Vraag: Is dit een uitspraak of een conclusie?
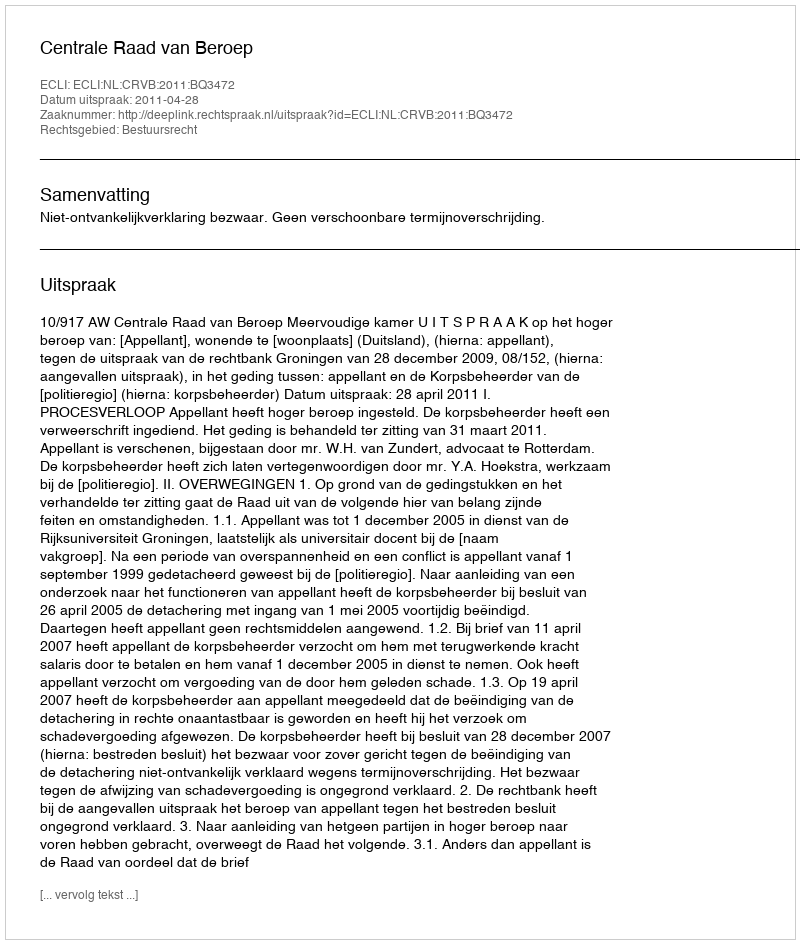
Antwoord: Uitspraak